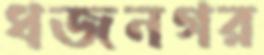
ধজনগর